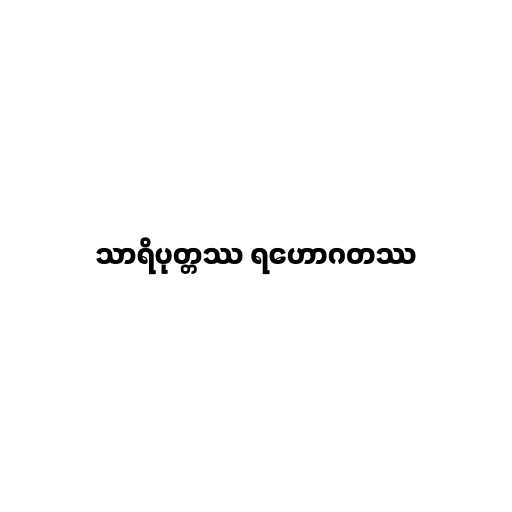
သာရိပုတ္တဿ ရဟောဂတဿ